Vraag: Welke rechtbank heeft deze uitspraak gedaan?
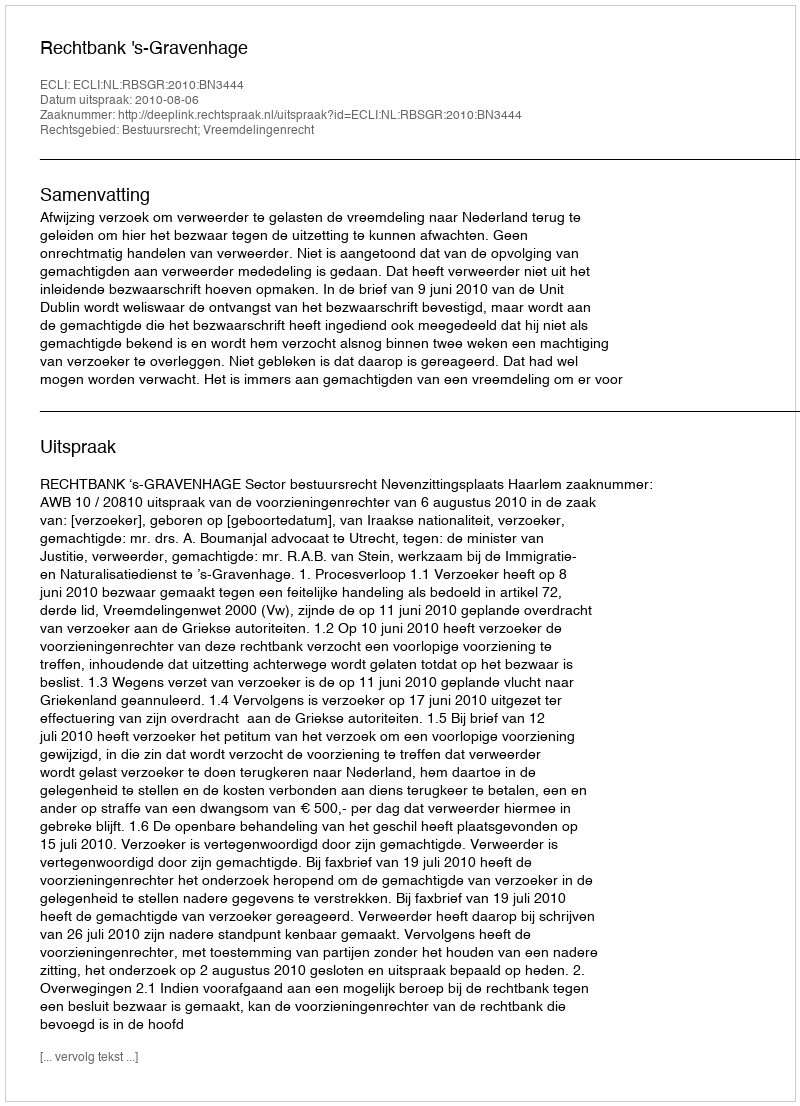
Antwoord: Rechtbank 's-Gravenhage